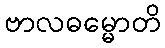
ဗာလဓမ္မောတိ